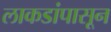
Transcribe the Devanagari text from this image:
लाकडांपासून